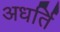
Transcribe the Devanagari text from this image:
अधर्ति